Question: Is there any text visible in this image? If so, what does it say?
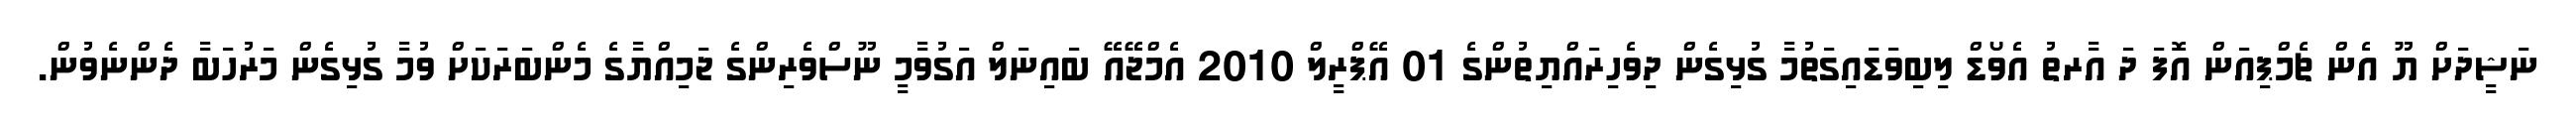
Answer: ނަޝީދަށް ޔޫ އެން ޗެމްޕިއަން އޮފަ ދަ އާރތު އެވޯޑް ލިބިވަޑައިގަތުމާ ގުޅިގެން ދިވެހިރައްޔިތުންގެ 01 އޭޕްރީލް 2010 އެމްޖޭއޭ ބައިނަލް އަގުވާމީ ނޫސްވެރިންގެ ޖަމިއްޔާގެ މެންބަރަކަށް ވުމާ ގުޅިގެން މަރުހަބާ ދެންނެވުން.